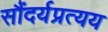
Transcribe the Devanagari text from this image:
सौंदर्यप्रत्यय